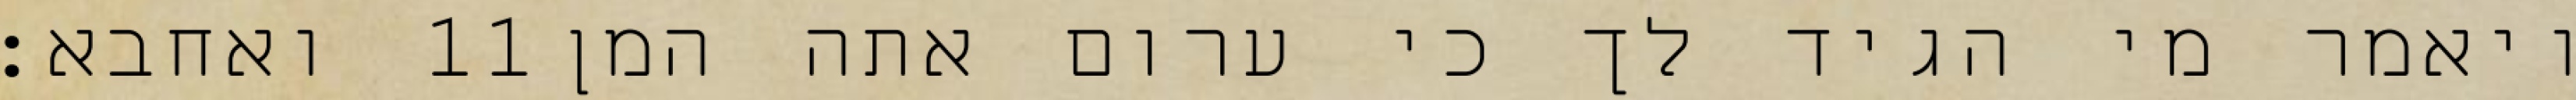
ואחבא׃ ‎11‏ ויאמר מי הגיד לך כי ערום אתה המן